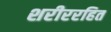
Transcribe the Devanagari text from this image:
शरीररहित